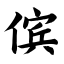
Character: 傧